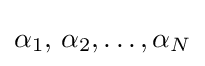
\alpha _{1},\,\alpha _{2},\dots ,\alpha _{N}